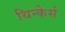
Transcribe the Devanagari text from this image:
थिन्केर्स